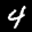
Label: 4